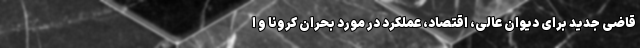
قاضی جدید برای دیوان عالی، اقتصاد، عملکرد در مورد بحران کرونا و ا